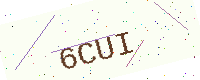
Text: 6CUI